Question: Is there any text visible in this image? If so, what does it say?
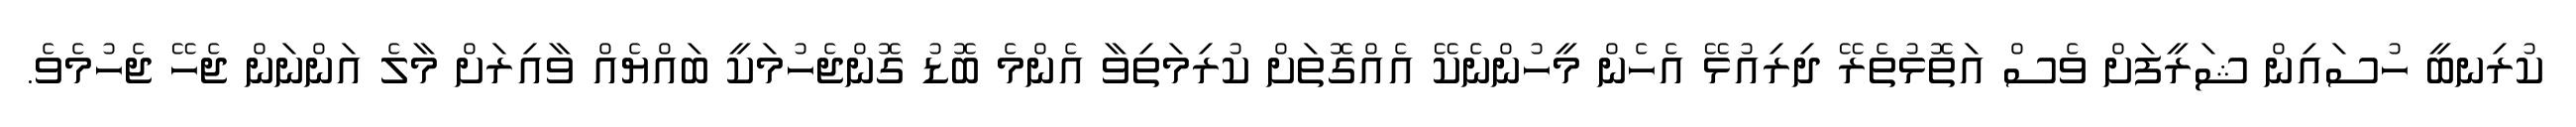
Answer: ކުރިނބީ ހުސައިން ޝަރީފަށް ވެސް އަތޮޅުތެރޭ ދިރިއުޅޭ އެހެން މީހުންނެކޭ އެއްގޮތަށް ކުރިމަތިވާ އެންމެ ބޮޑު ގޮންޖެހުމަކީ ބައްޔެއް ވާއިރަށް މާލެ އަންނަން ޖެހޭ ޖެހުމެވެ.